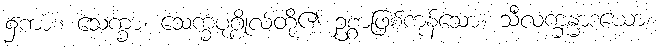
၌ကား။ သေက္ခာ၊ သေက္ခပုဂ္ဂိုလ်တို့၏ ဥစ္စာဖြစ်ကုန်သော။ သီလက္ခန္ဓာဒယော၊